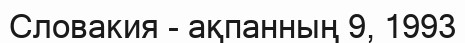
Словакия - ақпанның 9, 1993